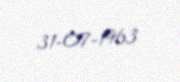
31-07-1963